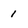
Character: 1